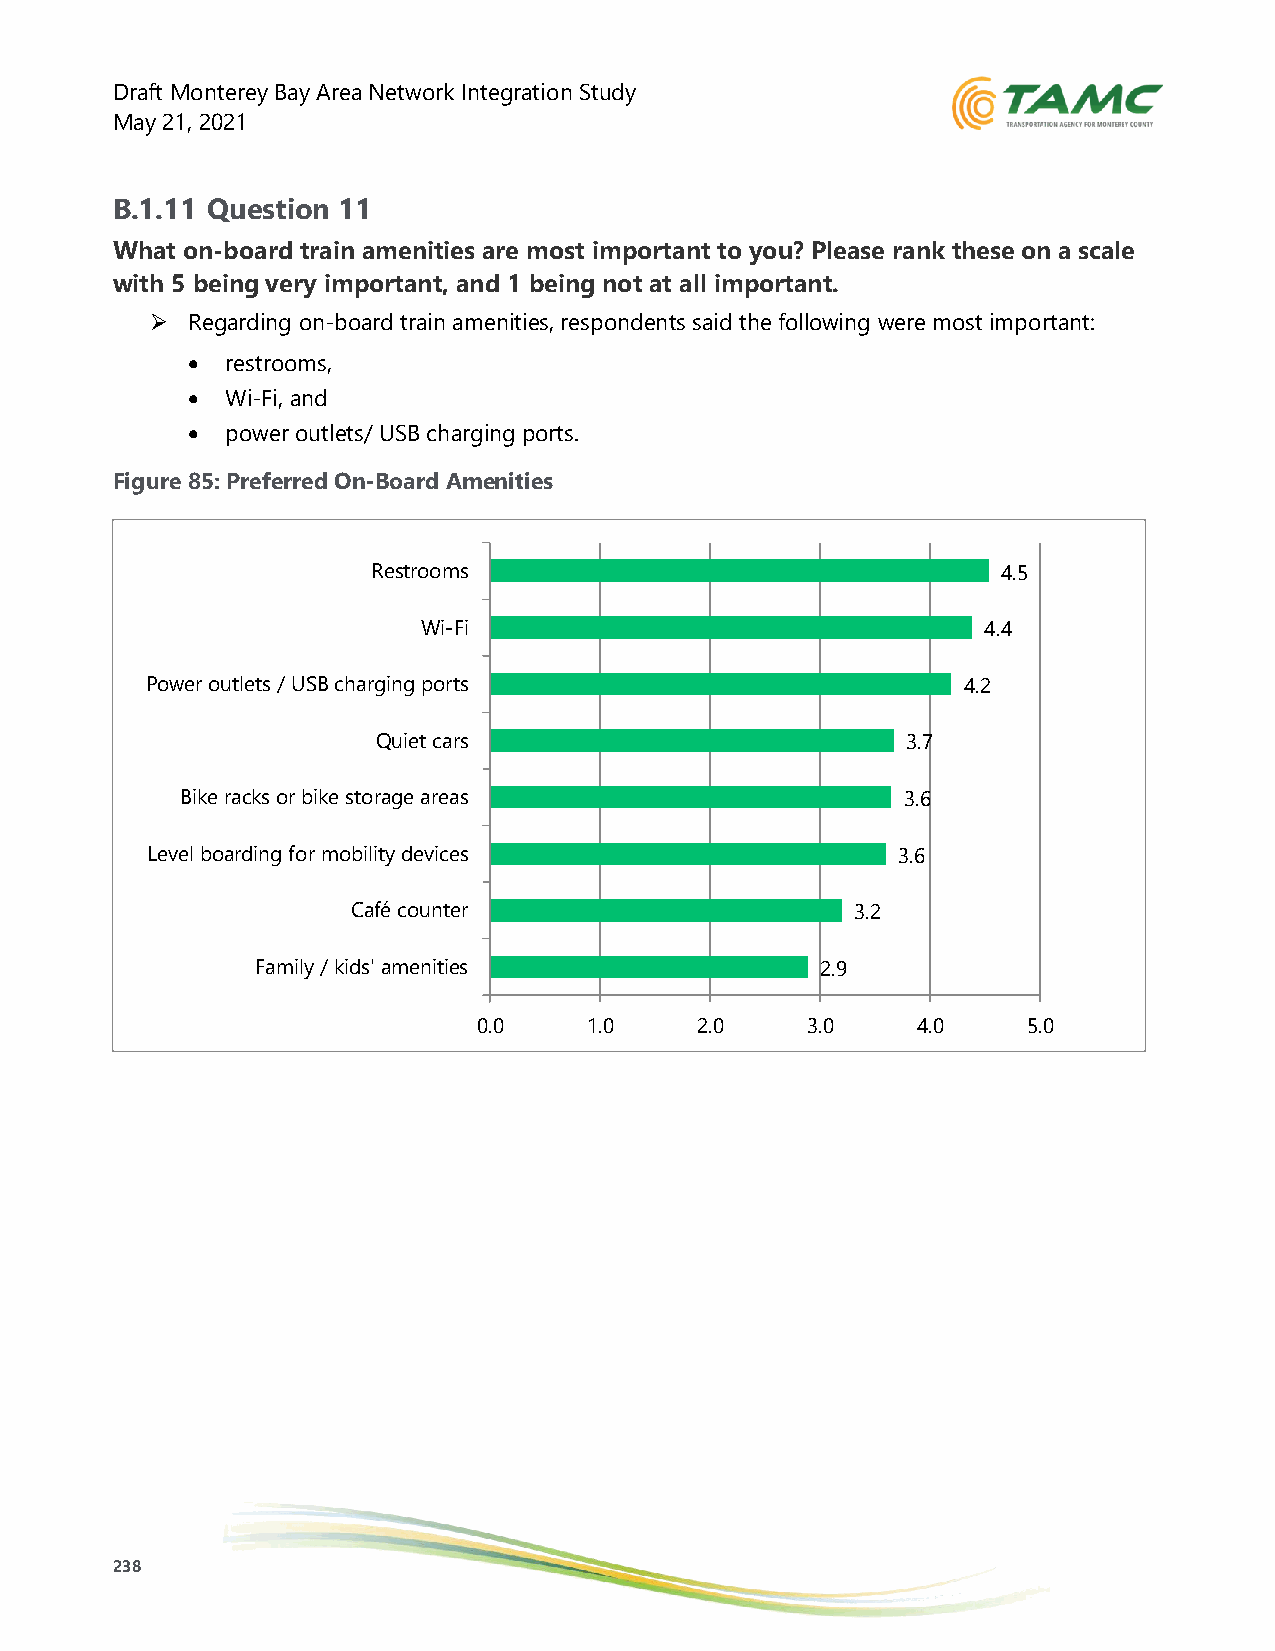
Draft Monterey Bay Area Network Integration Study
 May 21, 2021
 B.1.11 Question 11
 What on-board train amenities are most important to you? Please rank these on a scale
 with 5 being very important, and 1 being not at all important.
 ➢ Regarding on-board train amenities, respondents said the following were most important:
 •  restrooms,
 •  Wi-Fi, and
 •  power outlets/ USB charging ports.
 Figure 85: Preferred On-Board Amenities
 Restrooms                                4.5
 Wi-Fi                                4.4
 Power outlets / USB charging ports                    4.2
 Quiet cars                         3.7
 Bike racks or bike storage areas                3.6
 Level boarding for mobility devices              3.6
 Café counter                      3.2
 Family / kids' amenities             2.9
 0.0    1.0    2.0    3.0     4.0    5.0
 238